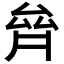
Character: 𠫼